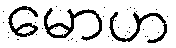
မောဟ